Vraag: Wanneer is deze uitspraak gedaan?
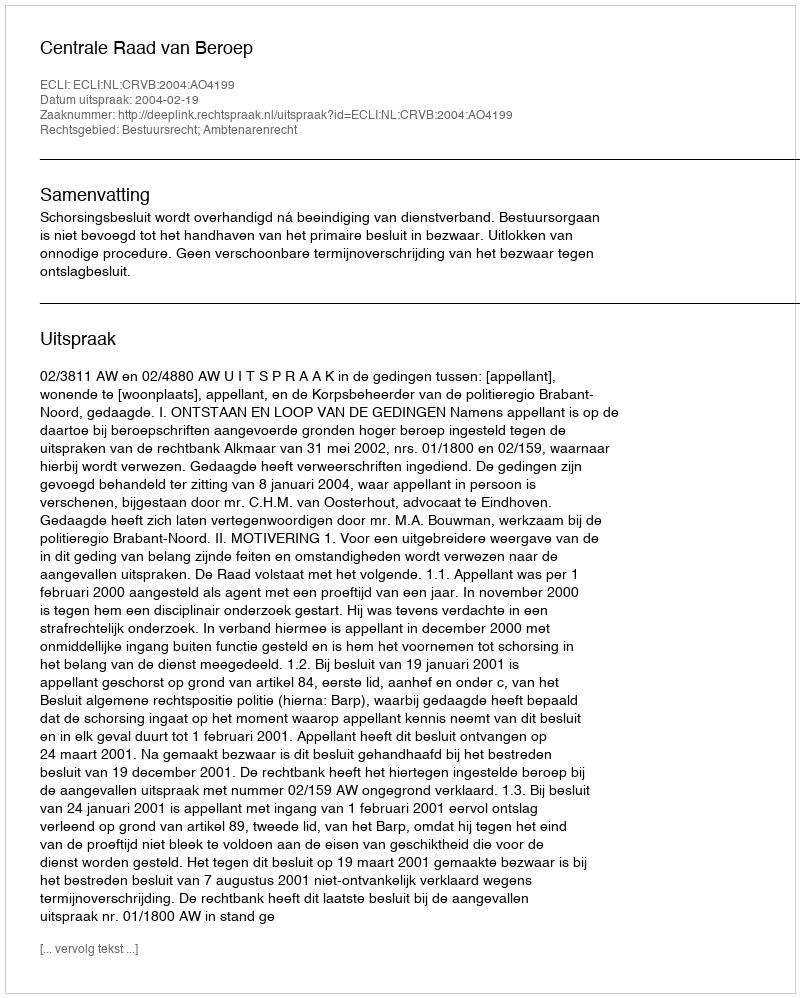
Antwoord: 2004-02-19